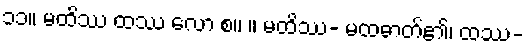
၁၁။ မထိဿ ထဿ လော စ။ ။ မထိဿ- မထဓာတ်၏၊ ထဿ-